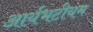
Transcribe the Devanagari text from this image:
आर्यभटीयम